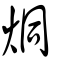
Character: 烔